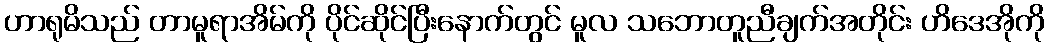
ဟာရုမိသည် တာမူရာအိမ်ကို ပိုင်ဆိုင်ပြီးနောက်တွင် မူလ သဘောတူညီချက်အတိုင်း ဟိဒေအိုကို